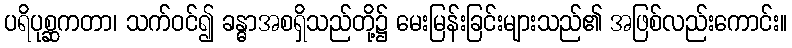
ပရိပုစ္ဆကတာ၊ သက်ဝင်၍ ခန္ဓာအစရှိသည်တို့၌ မေးမြန်းခြင်းများသည်၏ အဖြစ်လည်းကောင်း။